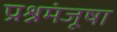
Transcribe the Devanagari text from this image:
प्रश्नमंजूषा